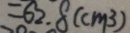
= 6 2 . 8 ( c m ^ { 3 } )